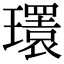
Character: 𤪹